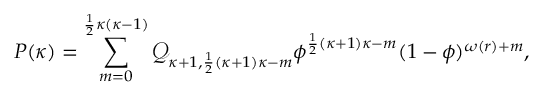
P ( \kappa ) = \sum _ { m = 0 } ^ { \frac 1 2 \kappa ( \kappa - 1 ) } \mathcal Q _ { \kappa + 1 , \frac 1 2 ( \kappa + 1 ) \kappa - m } \phi ^ { \frac 1 2 ( \kappa + 1 ) \kappa - m } ( 1 - \phi ) ^ { \omega ( r ) + m } ,